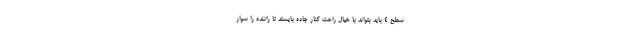
سطح 4 باید بتواند با خیال راحت کنار جاده بایستد تا راننده را سوار